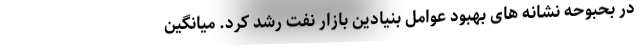
در بحبوحه نشانه های بهبود عوامل بنیادین بازار نفت رشد کرد. میانگین